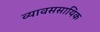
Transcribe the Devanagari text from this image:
व्यावससायिक